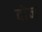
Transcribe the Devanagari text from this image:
दाेन